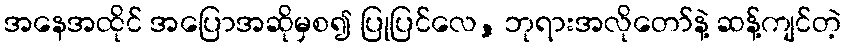
အနေအထိုင် အပြောအဆိုမှစ၍ ပြုပြင်လေ, ဘုရားအလိုတော်နဲ့ ဆန့်ကျင်တဲ့